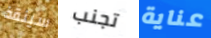
سينقذ تجنب عناية